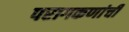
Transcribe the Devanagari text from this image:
परागकणांची